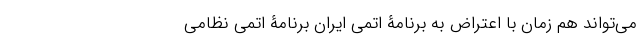
می‌تواند هم زمان با اعتراض به برنامۀ اتمی ایران برنامۀ اتمی نظامی